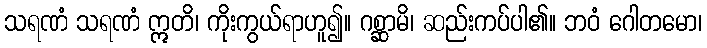
သရဏံ သရဏံ ဣတိ၊ ကိုးကွယ်ရာဟူ၍။ ဂစ္ဆာမိ၊ ဆည်းကပ်ပါ၏။ ဘဝံ ဂေါတမော၊